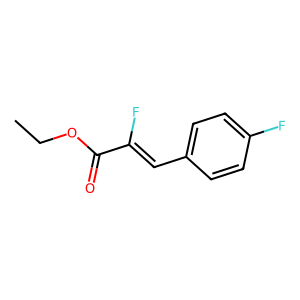
SMILES: CCOC(=O)C(F)=Cc1ccc(F)cc1
Inhibits HIV replication: No